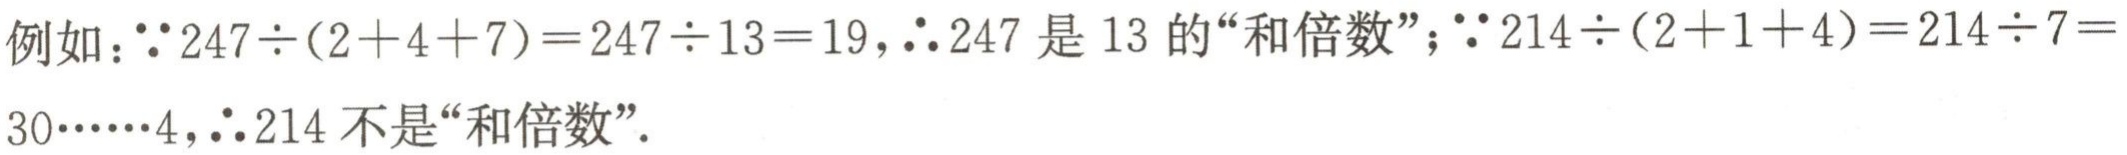
例如：$\because 247\div(2 + 4 + 7)=247\div13 = 19$，$\therefore 247$是$13$的“和倍数”；$\because 214\div(2 + 1 + 4)=214\div7 = 30\cdots\cdots4$，$\therefore 214$不是“和倍数”.